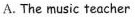
A.The music teacher